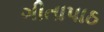
ગીતાપાઠ